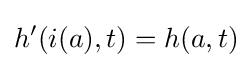
h'(i(a),t)=h(a,t)